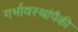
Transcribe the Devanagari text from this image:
गर्भावस्थांपैकी